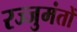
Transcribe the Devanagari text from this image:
रज्जुमंतों